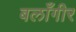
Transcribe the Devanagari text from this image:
बलाँगीर